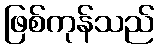
ဖြစ်ကုန်သည်